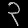
Digit: ၃